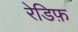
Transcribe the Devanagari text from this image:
रेडिफ़